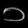
Digit: ၁